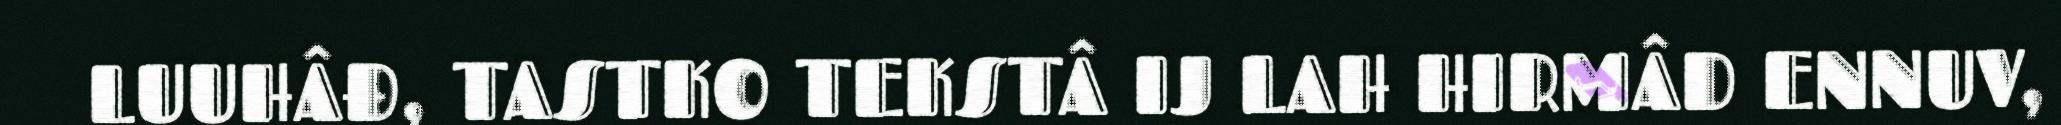
LUUHÂĐ, TASTKO TEKSTÂ IJ LAH HIRMÂD ENNUV,